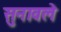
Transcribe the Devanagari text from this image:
सुनावले